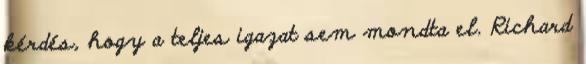
kérdés, hogy a teljes igazat sem mondta el. Richard